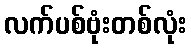
လက်ပစ်ဗုံးတစ်လုံး